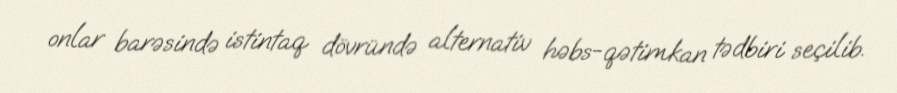
onlar barəsində istintaq dövründə alternativ həbs-qətimkan tədbiri seçilib.